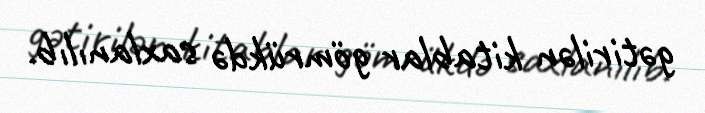
gətirilən kitablar gömrükdə saxlanılıb.